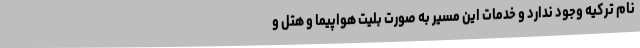
نام ترکیه وجود ندارد و خدمات این مسیر به صورت بلیت هواپیما و هتل و